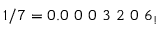
1 / 7 = 0 . 0 \ 0 \ 0 \ 3 \ 2 \ 0 \ 6 _ { ! }